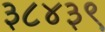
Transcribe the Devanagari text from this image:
३८४३९